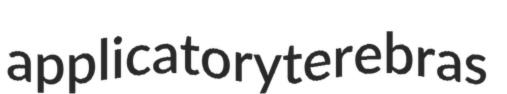
applicatory terebras